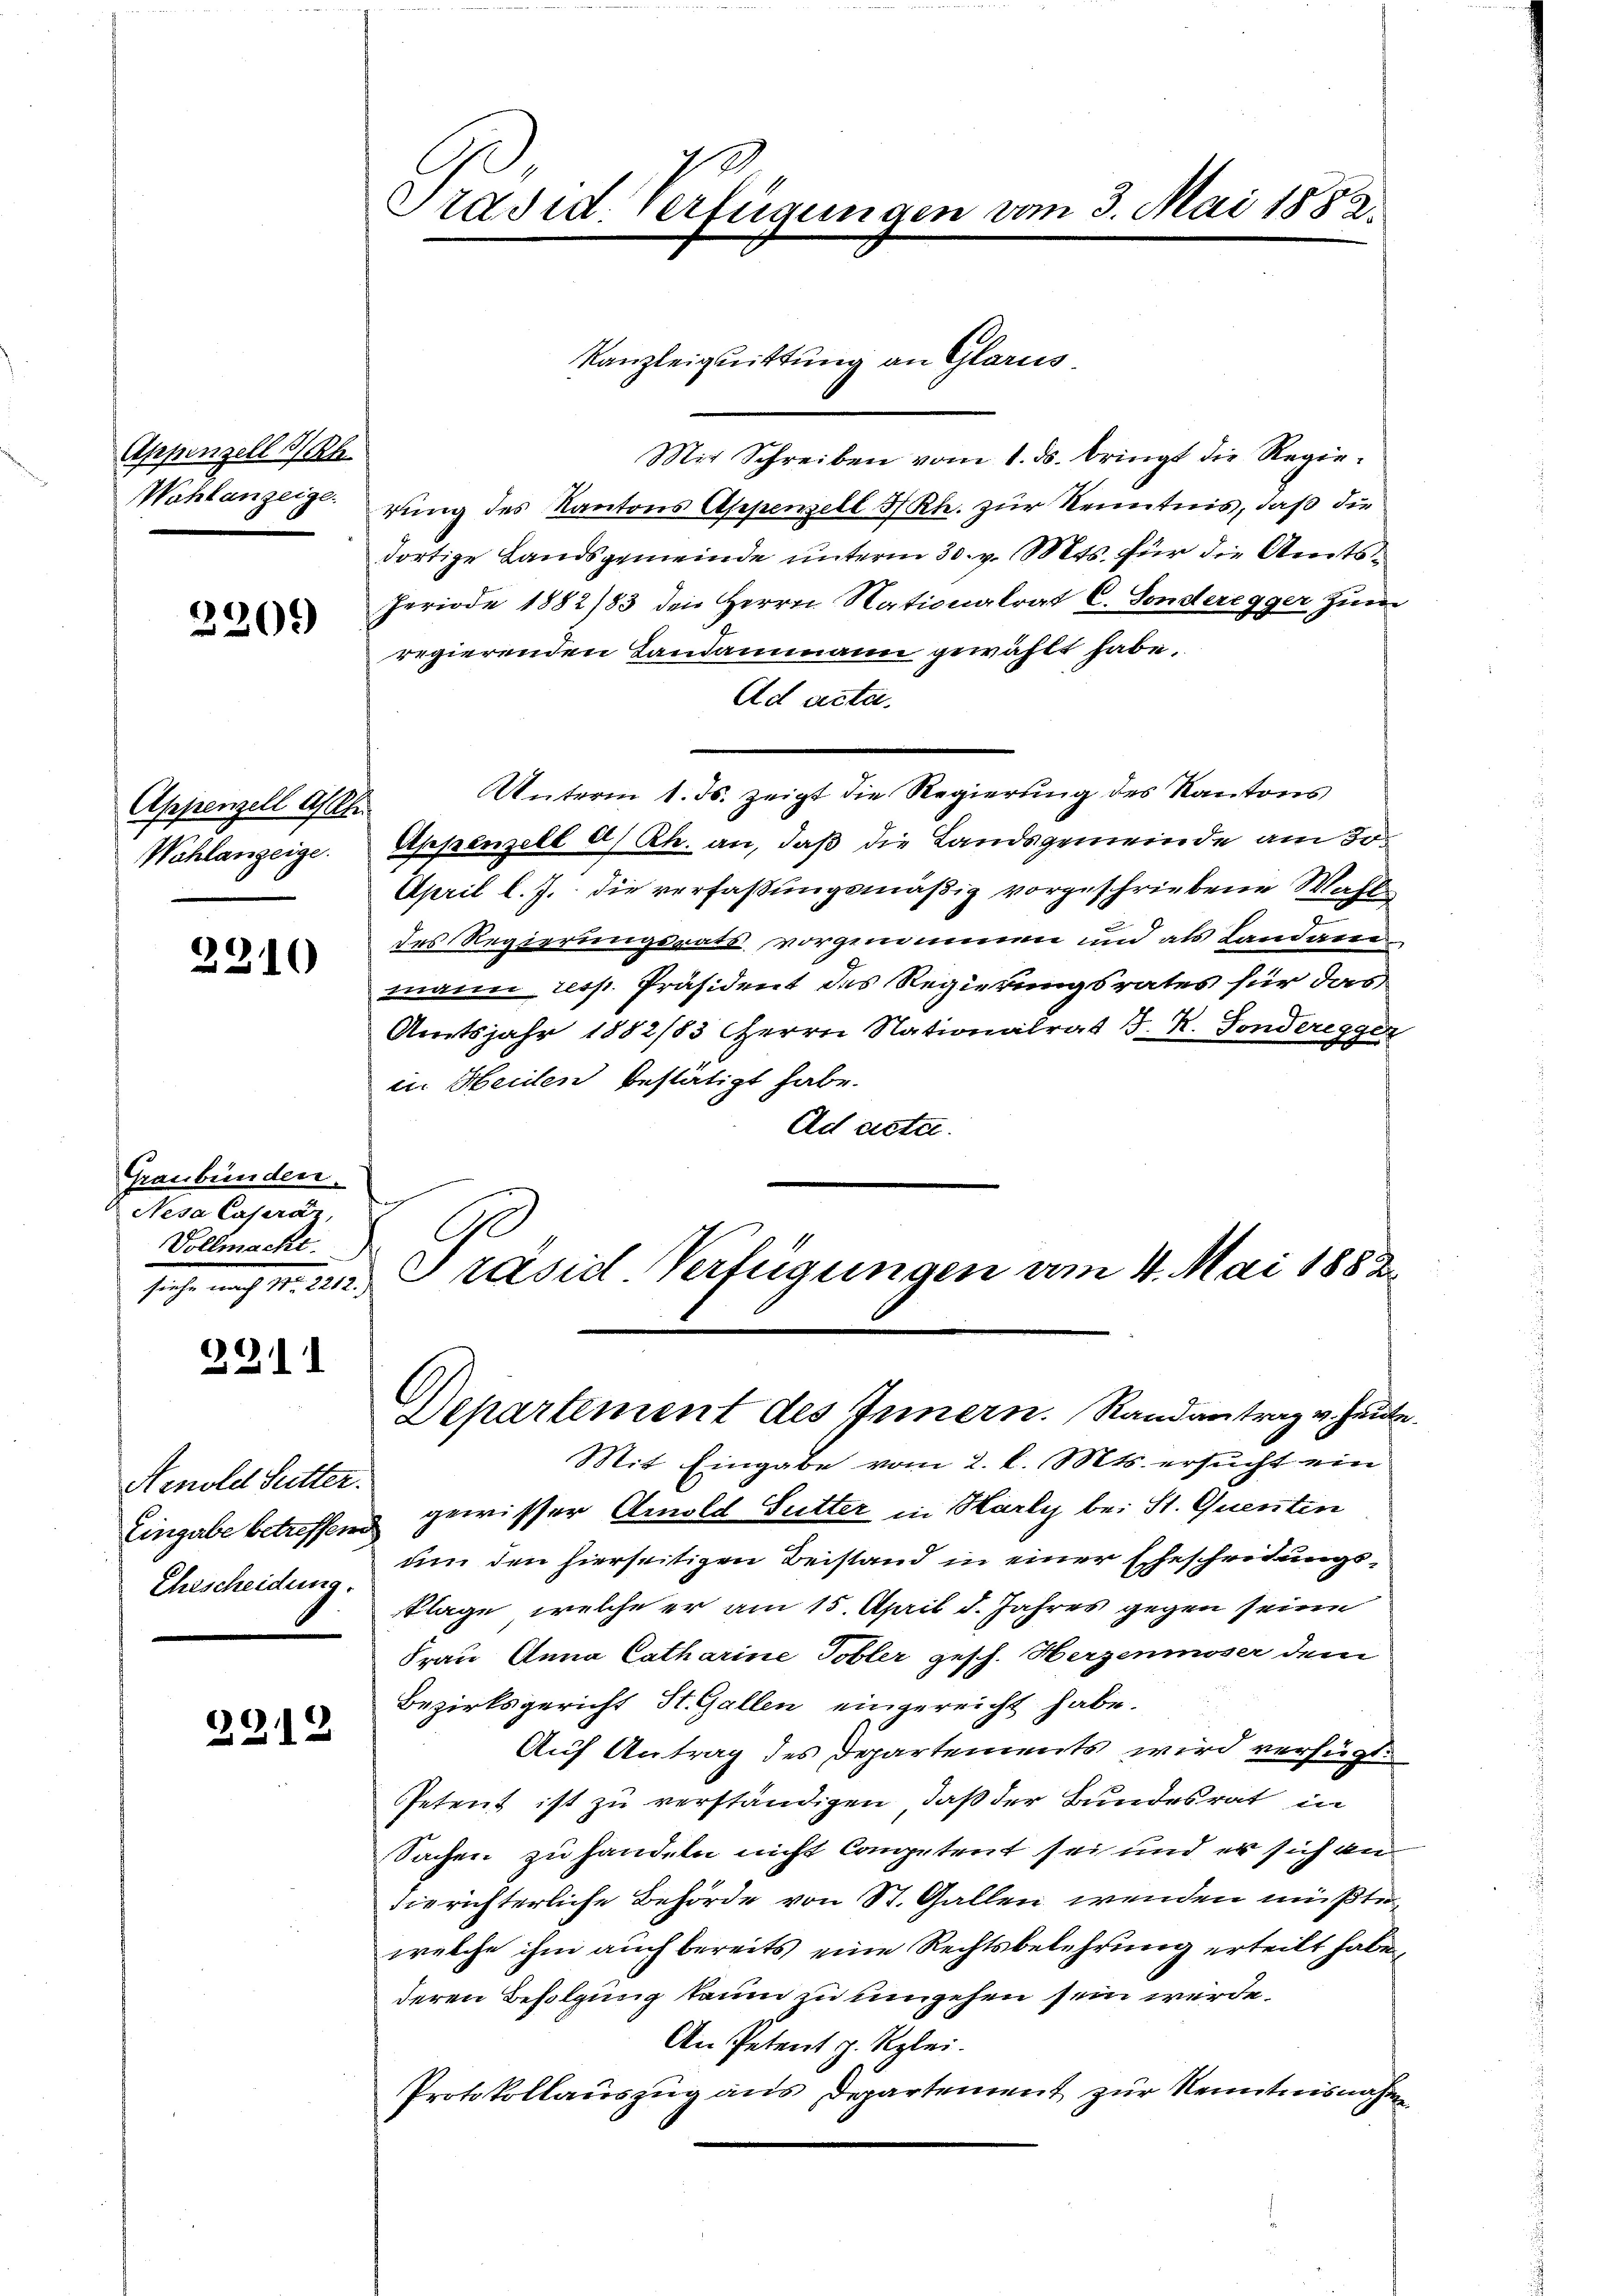
Appenzell I/Rh.

2209)

Appenzell Aff
Wahlanzeige.

2210

Graubünden.
Nesa Cajeráz,
Vollmacht.
sache nach 1. 2.

2211

Aenold Sutter.

2212

Präsid. Verfügungen vom 3. Mai 1883.

Kanzleiquittung an Glarus
Mit Schreiben vom 1. ds. bringt die Regie¬
Wohlanzeigerung des Kantons Appenzell I/Rh. zur Kenntnis, daß die
dortige Landsgemeinde unterm 30. v. Mts. für die Amtsferiode 1882/83 den Herrn Nationalrat C. Sonderegger zum
regierenden Landammann gewählt habe.
Ad acta.
Unterm 1. Js. zeigt die Regierung des Kantons
Appenzell a/Rh. an, daß die Landsgemeinde am 30.
April l. J. die verfaßungsmäßig vorgeschriebene Wahldes Regierungsrats vorgenommen und als Landammann resp. Präsident des Regierungsrates für das
Amtsjahr 1882/83 HHerrn Nationalrat J. R. Fonderegger
in Heilen bestätigt habe.
Ad acta.
Präsid Verfügungen am 4. Mai 1882

Departement des Innern. Randantrag v. heute.

Mit Eingabe vom 2. l. Mts. ersucht ein
Eingabe betreffend gewisser Amold Sutter in Harly bei St. Quenten
Ehescheidung, um den hierseitigen Beistand in einer Ehescheidungs¬
Klage, welche er am 15. April d. Jahres gegen seine
Frau Anna Catharine Tobler gesch. Herzenmoser dem
Bezirksgericht St. Gallen eingereicht habe.
Auf Antrag des Departements wird verfügt.
Petent ist zu verständigen, daß der Bundesrat in
Sachen zu handeln nicht Competent sei und er sich an
die richterliche Behörde von St. Gallen wenden müßte,
welche ihm auch bereits eine Rechtsbelehrung erteilt habe,
deren Befolgung kaum zu umgehen sein würde.
An Petent z. Kzlei.
Protokollauszug aus Departement zur Kenntnisnahme